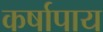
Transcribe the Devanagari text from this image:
कर्षापाय